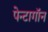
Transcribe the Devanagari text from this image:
पेन्टागॉन